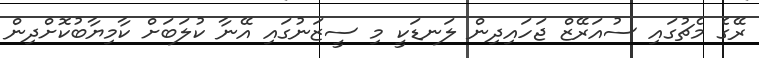
ރޭގެ މެޗުގައި ސުއަރޭޒް ޖަހައިދިން ލަނޑަކީ މި ސީޒަނުގައި އޭނާ ކުލަބަށް ކާމިޔާބުކޮށްދިން